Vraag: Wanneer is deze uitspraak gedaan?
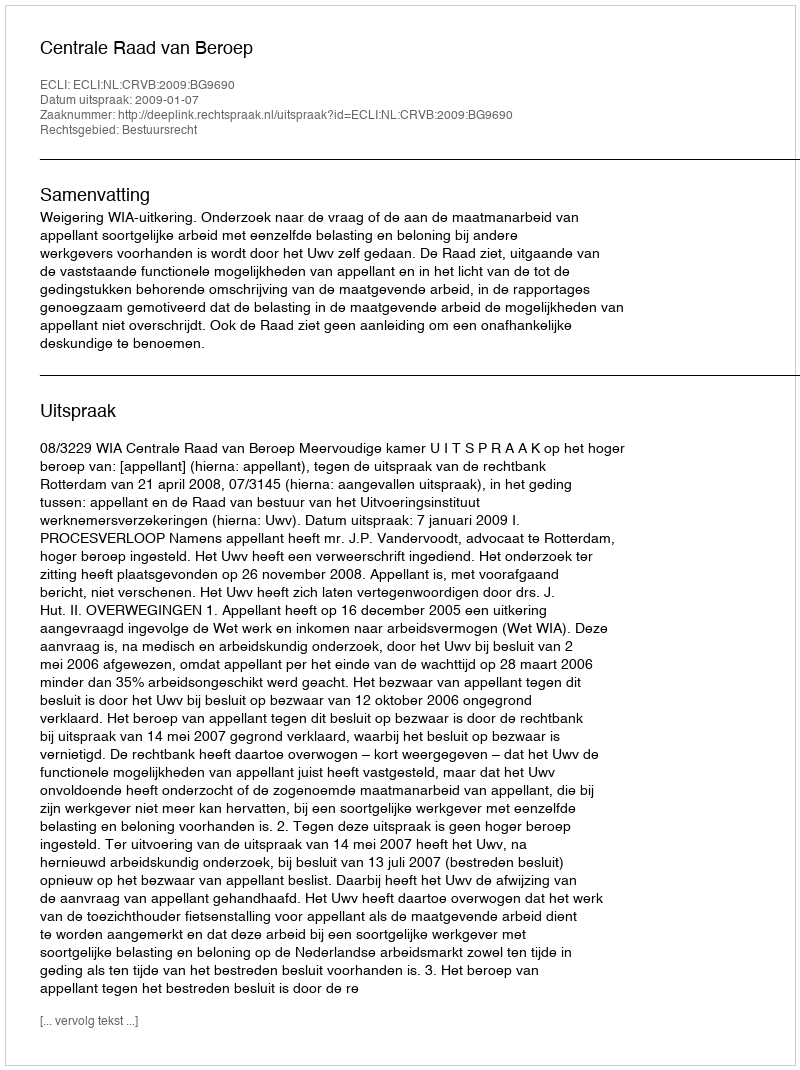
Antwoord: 2009-01-07